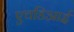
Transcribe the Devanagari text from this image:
एचडिआई